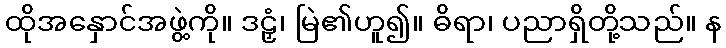
ထိုအနှောင်အဖွဲ့ကို။ ဒဠှံ၊ မြဲ၏ဟူ၍။ ဓိရာ၊ ပညာရှိတို့သည်။ န